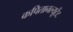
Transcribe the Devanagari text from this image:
कपितानल्यूटेंट